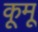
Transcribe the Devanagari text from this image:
कूमू